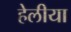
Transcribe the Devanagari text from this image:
हेलीया